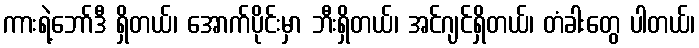
ကားရဲ့ဘော်ဒီ ရှိတယ်၊ အောက်ပိုင်းမှာ ဘီးရှိတယ်၊ အင်ဂျင်ရှိတယ်၊ တံခါးတွေ ပါတယ်၊